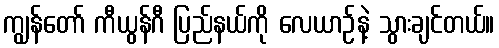
ကျွန်တော် ကီယွန်ဂီ ပြည်နယ်ကို လေယာဉ်နဲ့ သွားချင်တယ်။